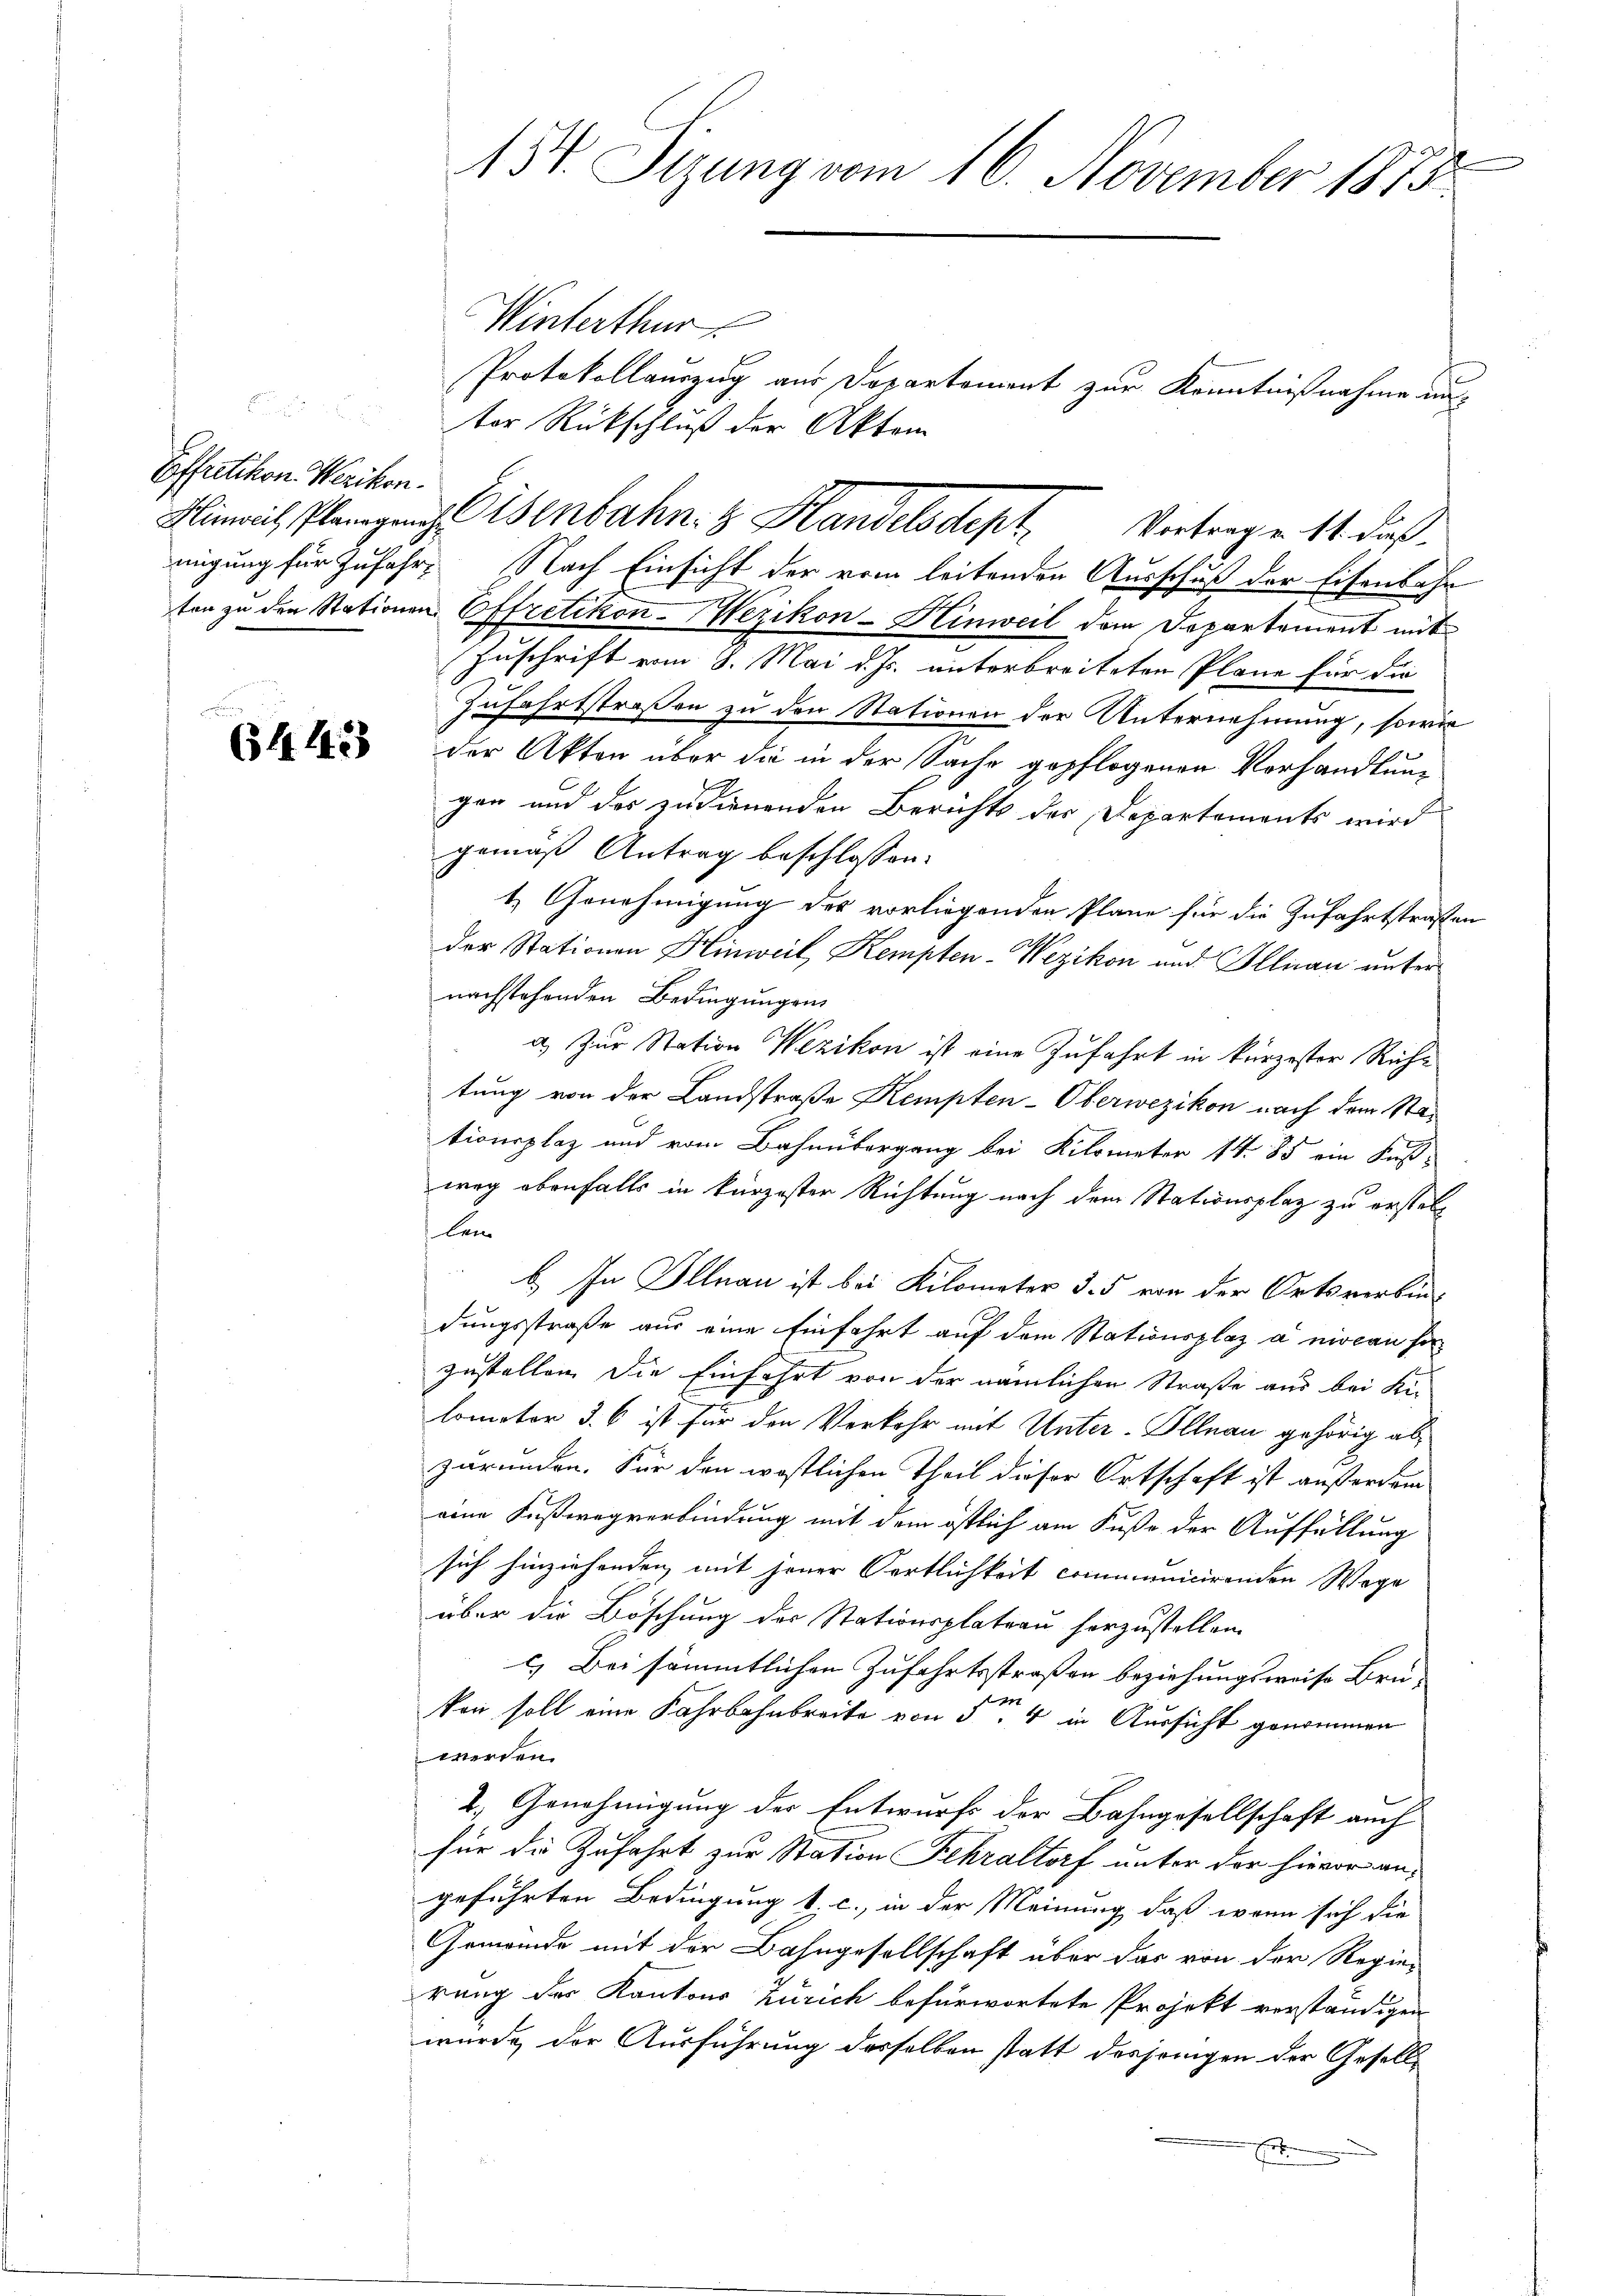
2
Effretikon. Werikon.
ton zu den Stationen

64. 1423

134. Sizung vom 16. November 1815

Winterthur
Protokollauszug aus Departement zur Kenntnißnahme unter Rückschluß der Aktem
Hinrich Plangung l. Wenbahn & Handelsdept. Vortrage 14. dießmigung für Zufahre Nach Einsicht der vom leitenden Ausschuß der Eisenbahn
Effretikon-Wezikon-Hinweil dem Departement mit
Zuschrift vom 8. Mai d. Js. unterbreiteten Pläne für die
Zufahrtstraßen zu den Stationen der Unternehmung, sowie
der Akten über die in der Sache gepflogenen Vorhandlung
gen und des zudienenden Berichts der Departements wird
gemäß Antrag beschlossen:
1. Genehmigung des vorliegenden Pläne für die Zufahrtstraßen
der Stationen Hinweil, Kempten-Wezikon und Illnau unter
nachstehenden Bedingungen
a.) Zur Station Wezikon ist eine Zufahrt in kürzester Richtung von der Landstraße Kempten-Oberwezikon nach dem Stationsplaz und vom Bahnübergang bei Kilometer 14. 85 ein Fußweg ebenfalls in kürzester Richtung nach dem Stationsplaz zu erstell
len
b. In Illnau ist bei Kilometer d. 5 von der Ortsverbindungsstraße aus eine Einfahrt auf dem Stationsplaz a niocan ha
zustellen die Einfahrt von der nämlichen Straße aus bei Kilomator 3. 6 ist für den Verkehr mit Unter-Illnau gehörig abzuründen. Für den westlichen Theil dieser Ortschaft ist ausserdam
eine Fußwegverbindung mit dem östlich am Fuße der Auffüllung
sich hinziehenden mit jener Fortlichkeit communicirenden Wege
über die Böschung des Stationsplateau herzustellen.
c.) Bei sämmtlichen Zufahrtsstraßen beziehungsweise Brü-
217
kon soll eine Fahrbahnbreite von 34 in Aussicht genommen
werden.
2. Genehmigung der Entwurfs der Bahngesellschaft auch
für die Zufahrt zur Station Fehraltorf unter der hievor angeführten Bedingung 1. c., in der Meinung, daß wenn sich die
Gemeinde mit der Bahngesellschaft über das von der Regie-
rung der Kantons Zürich befürwortete Projekt verständigen
wurde der Ausführung desselben statt desjenigen der Gesell¬